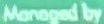
Managed by